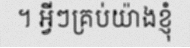
។ អ្វីៗគ្រប់យ៉ាងខ្ញុំ